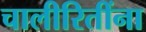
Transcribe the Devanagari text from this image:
चालीरितींना